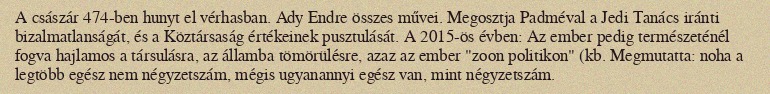
A császár 474-ben hunyt el vérhasban. Ady Endre összes művei. Megosztja Padméval a Jedi Tanács iránti bizalmatlanságát, és a Köztársaság értékeinek pusztulását. A 2015-ös évben: Az ember pedig természeténél fogva hajlamos a társulásra, az államba tömörülésre, azaz az ember "zoon politikon" (kb. Megmutatta: noha a legtöbb egész nem négyzetszám, mégis ugyanannyi egész van, mint négyzetszám.